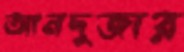
আনদুজার